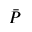
\bar { P }